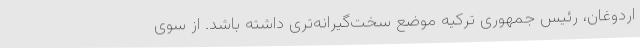
اردوغان، رئیس جمهوری ترکیه موضع سخت‌گیرانه‌تری داشته باشد. از سوی